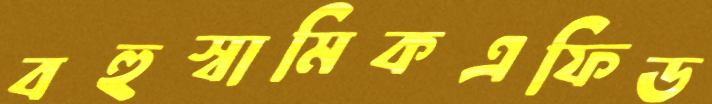
বহুস্বামিকএফিড